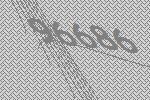
96686